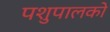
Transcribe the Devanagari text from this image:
पशुपालको